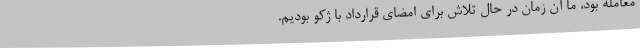
معامله بود، ما آن زمان در حال تلاش برای امضای قرارداد با ژکو بودیم.